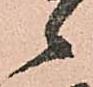
候